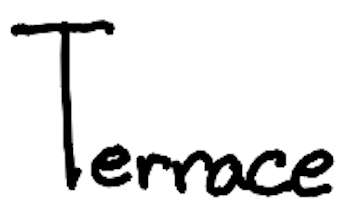
Text: Terrace
Cross-out: clean
Writing tool: digital_black